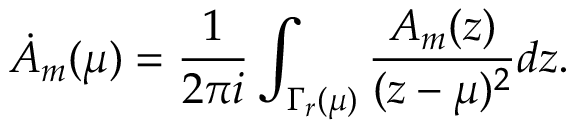
\dot { A } _ { m } ( \mu ) = { \frac { 1 } { 2 \pi i } } \int _ { \Gamma _ { r } ( \mu ) } { \frac { A _ { m } ( z ) } { ( z - \mu ) ^ { 2 } } } d z .